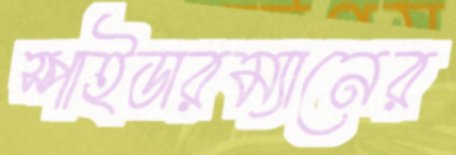
স্পাইডারম্যানের